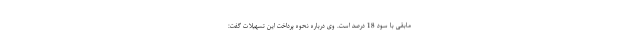
مابقی با سود 18 درصد است. وی درباره نحوه پرداخت این تسهیلات گفت: